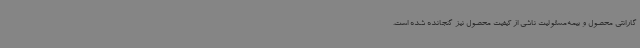
گارانتی محصول و بیمه‌مسئولیت ناشی از کیفیت محصول نیز گنجانده شده است.